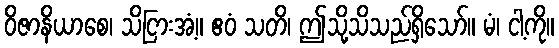
ဝိဇာနိယာစေ၊ သိငြားအံ့။ ဧဝံ သတိ၊ ဤသို့သိသည်ရှိသော်။ မံ၊ ငါ့ကို။